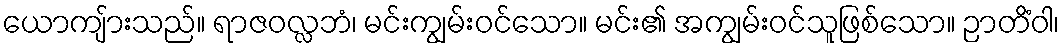
ယောကျ်ားသည်။ ရာဇဝလ္လဘံ၊ မင်းကျွမ်းဝင်သော။ မင်း၏ အကျွမ်းဝင်သူဖြစ်သော။ ဉာတိံဝါ၊